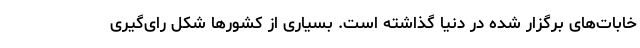
خابات‌های برگزار شده در دنیا گذاشته است. بسیاری از کشورها شکل رای‌گیری